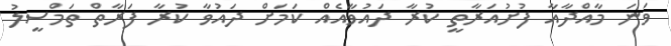
ވަނަ މާއްދާއާ ފުށުއަރާތީ ކުރާ ދައުވާއެއް ކަމަށް ދައުވާ ކުރާ ފަރާތް ތަމްސީލު